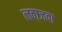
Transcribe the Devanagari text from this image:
लवाजवा